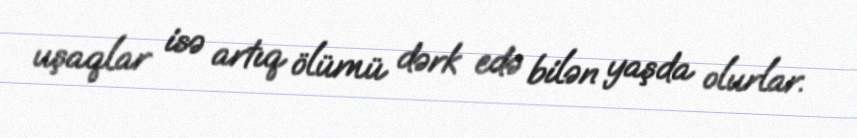
uşaqlar isə artıq ölümü dərk edə bilən yaşda olurlar.